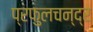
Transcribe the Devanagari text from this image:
प्रफुलचन्द्र